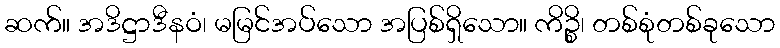
ဆက်။ အဒိဋ္ဌာဒီနဝံ၊ မမြင်အပ်သော အပြစ်ရှိသော။ ကိဉ္စိ၊ တစ်စုံတစ်ခုသော